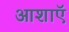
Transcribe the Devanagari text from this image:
आशाऍ